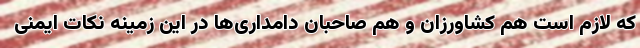
که لازم است هم کشاورزان و هم صاحبان دامداری‌ها در این زمینه نکات ایمنی